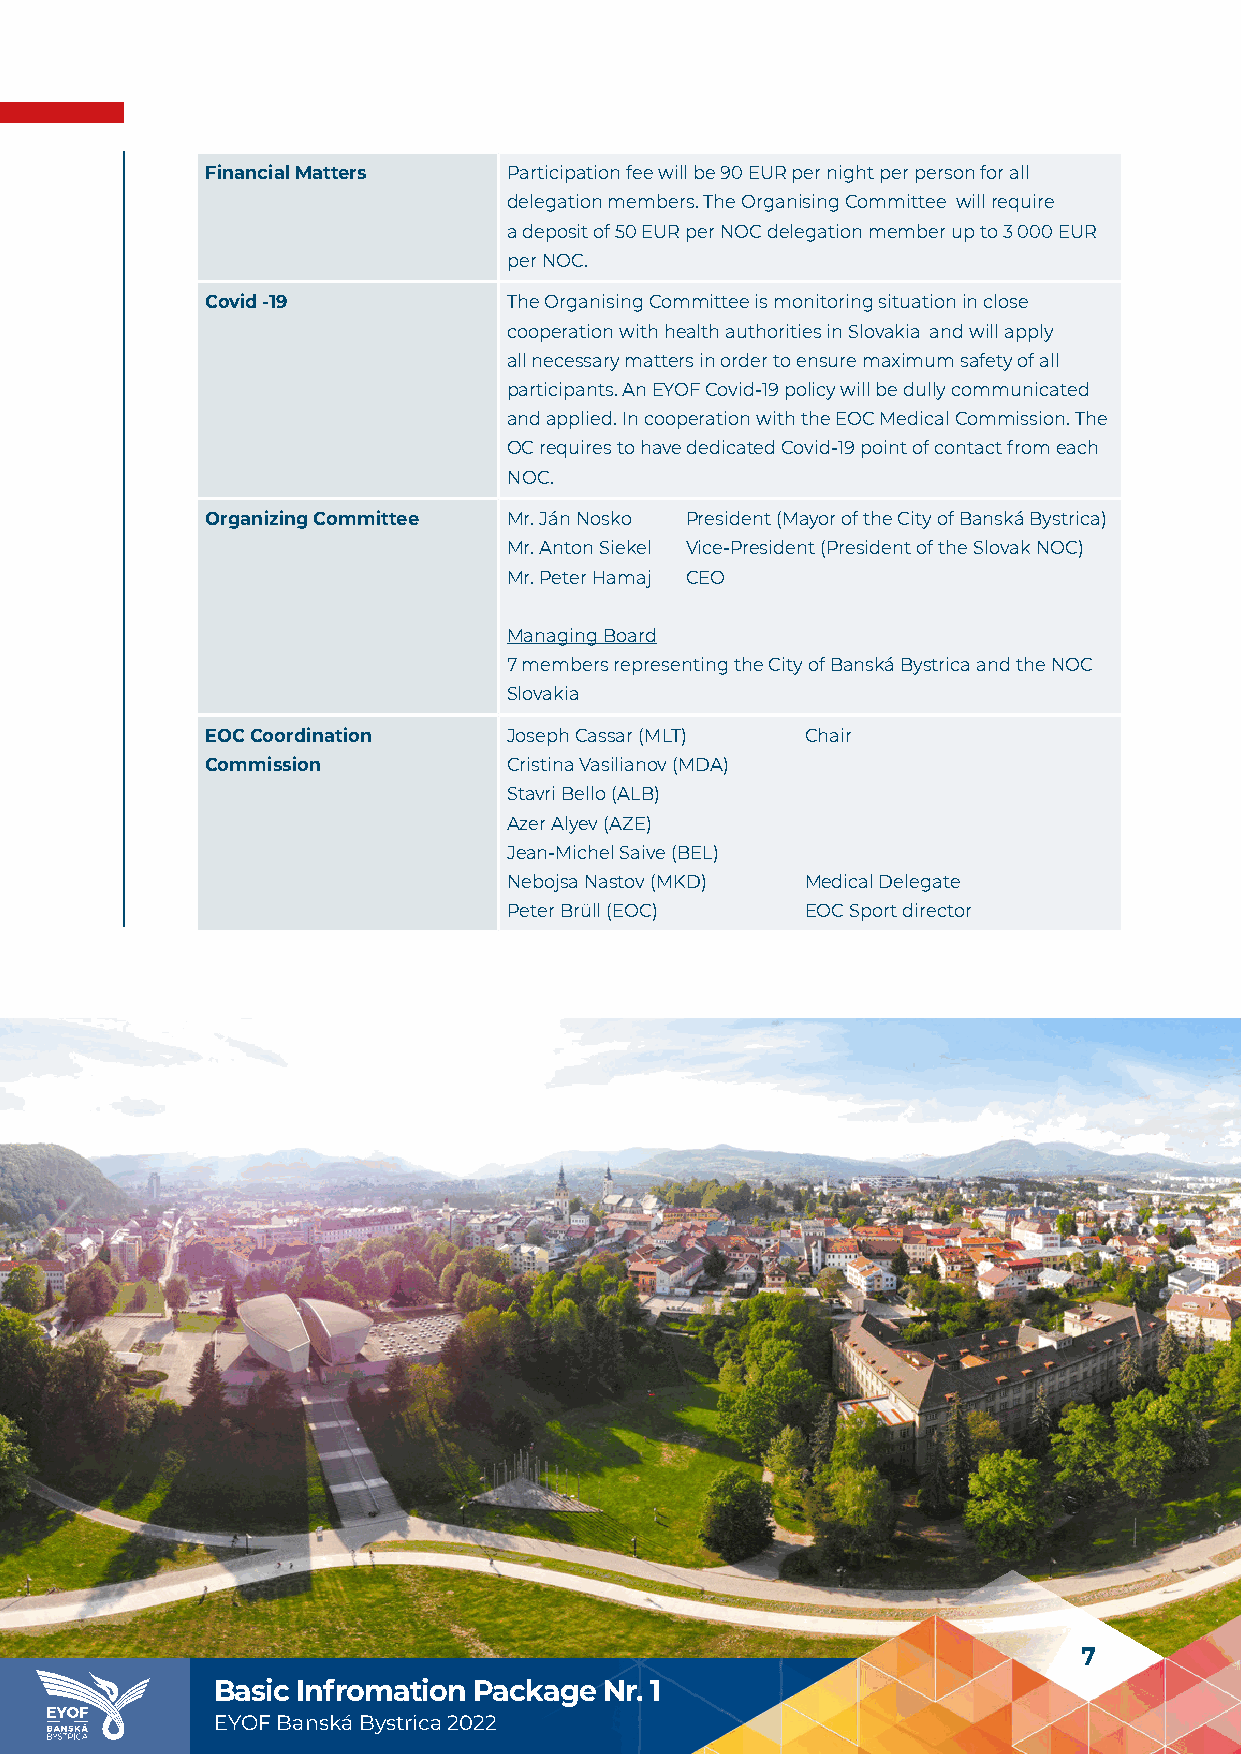
Financial Matters   Participation fee will be 90 EUR per night per person for all
 delegation members. The Organising Committee will require
 a deposit of 50 EUR per NOC delegation member up to 3 000 EUR
 per NOC.
 Covid -19           The Organising Committee is monitoring situation in close
 cooperation with health authorities in Slovakia and will apply
 all necessary matters in order to ensure maximum safety of all
 participants. An EYOF Covid-19 policy will be dully communicated
 and applied. In cooperation with the EOC Medical Commission. The
 OC requires to have dedicated Covid-19 point of contact from each
 NOC.
 Organizing Committee Mr. Ján Nosko President (Mayor of the City of Banská Bystrica)
 Mr. Anton Siekel Vice-President (President of the Slovak NOC)
 Mr. Peter Hamaj CEO
 Managing Board
 7 members representing the City of Banská Bystrica and the NOC
 Slovakia
 EOC Coordination    Joseph Cassar (MLT) Chair
 Commission          Cristina Vasilianov (MDA)
 Stavri Bello (ALB)
 Azer Alyev (AZE)
 Jean-Michel Saive (BEL)
 Nebojsa Nastov (MKD) Medical Delegate
 Peter Brüll (EOC)  EOC Sport director
 7
 Basic Infromation Package Nr. 1
 EYOF Banská Bystrica 2022